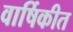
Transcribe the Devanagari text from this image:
वार्षिकीत